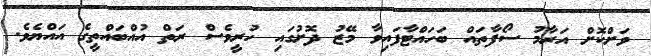
ވަށްކޮށް އަރާމު ސޯފާތައް ބަހައްޓާފައިވާ މޭޒު ދޮށުގައި ހުރީވެސް ރަތް އުއްބައްތީގެ އައްޔެވެ.